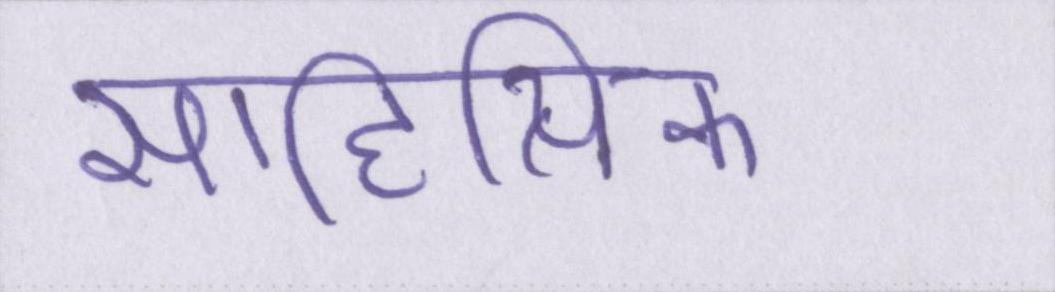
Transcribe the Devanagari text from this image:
साहित्यिक